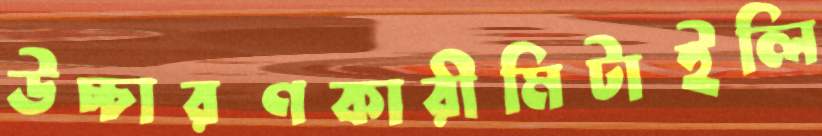
উচ্চারণকারীমিটাইলি